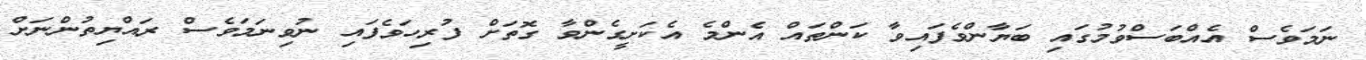
ނަމަވެސް އެއްބަސްވުމުގައި ބަޔާންވެފައިވާ ކަންތައް އެންމެ އެކަށީގެންވާ ގޮތަށް ފުރިހަވެފައި ނުވިނަމަވެސް ރައްޔިތުންނަށް